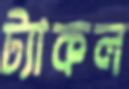
ট্যাকল